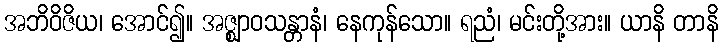
အဘိဝိဇိယ၊ အောင်၍။ အဇ္ဈာဝသန္တာနံ၊ နေကုန်သော။ ရညံ၊ မင်းတို့အား။ ယာနိ တာနိ